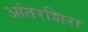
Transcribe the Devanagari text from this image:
आंतरशिरा